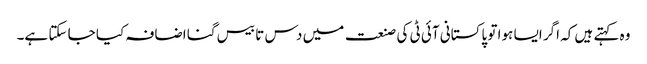
وہ کہتے ہیں کہ اگر ایسا ہوا تو پاکستانی آئی ٹی کی صنعت میں دس تا بیس گنا اضافہ کیا جا سکتا ہے۔